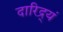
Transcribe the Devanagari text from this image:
दारिद्र्यं